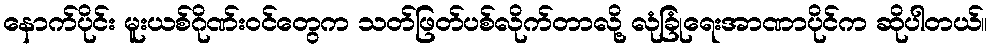
နောက်ပိုင်း မူးယစ်ဂိုဏ်းဝင်တွေက သတ်ဖြတ်ပစ်လိုက်တာလို့ လုံခြုံရေးအာဏာပိုင်က ဆိုပါတယ်။